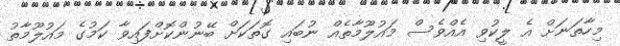
މިހާތަނަށް އެ ލީކުވި އެއްވެސް މައުލޫމާތެއް ނުބައި ގޮތަކަށް ބޭނުންކޮށްފައިވާ ކަމުގެ މައުލޫމާތު